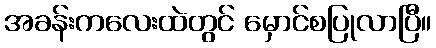
အခန်းကလေးထဲတွင် မှောင်စပြုလာပြီ။